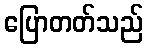
ပြောတတ်သည်